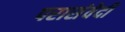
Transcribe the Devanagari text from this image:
परासंवेदी